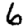
Digit: 6